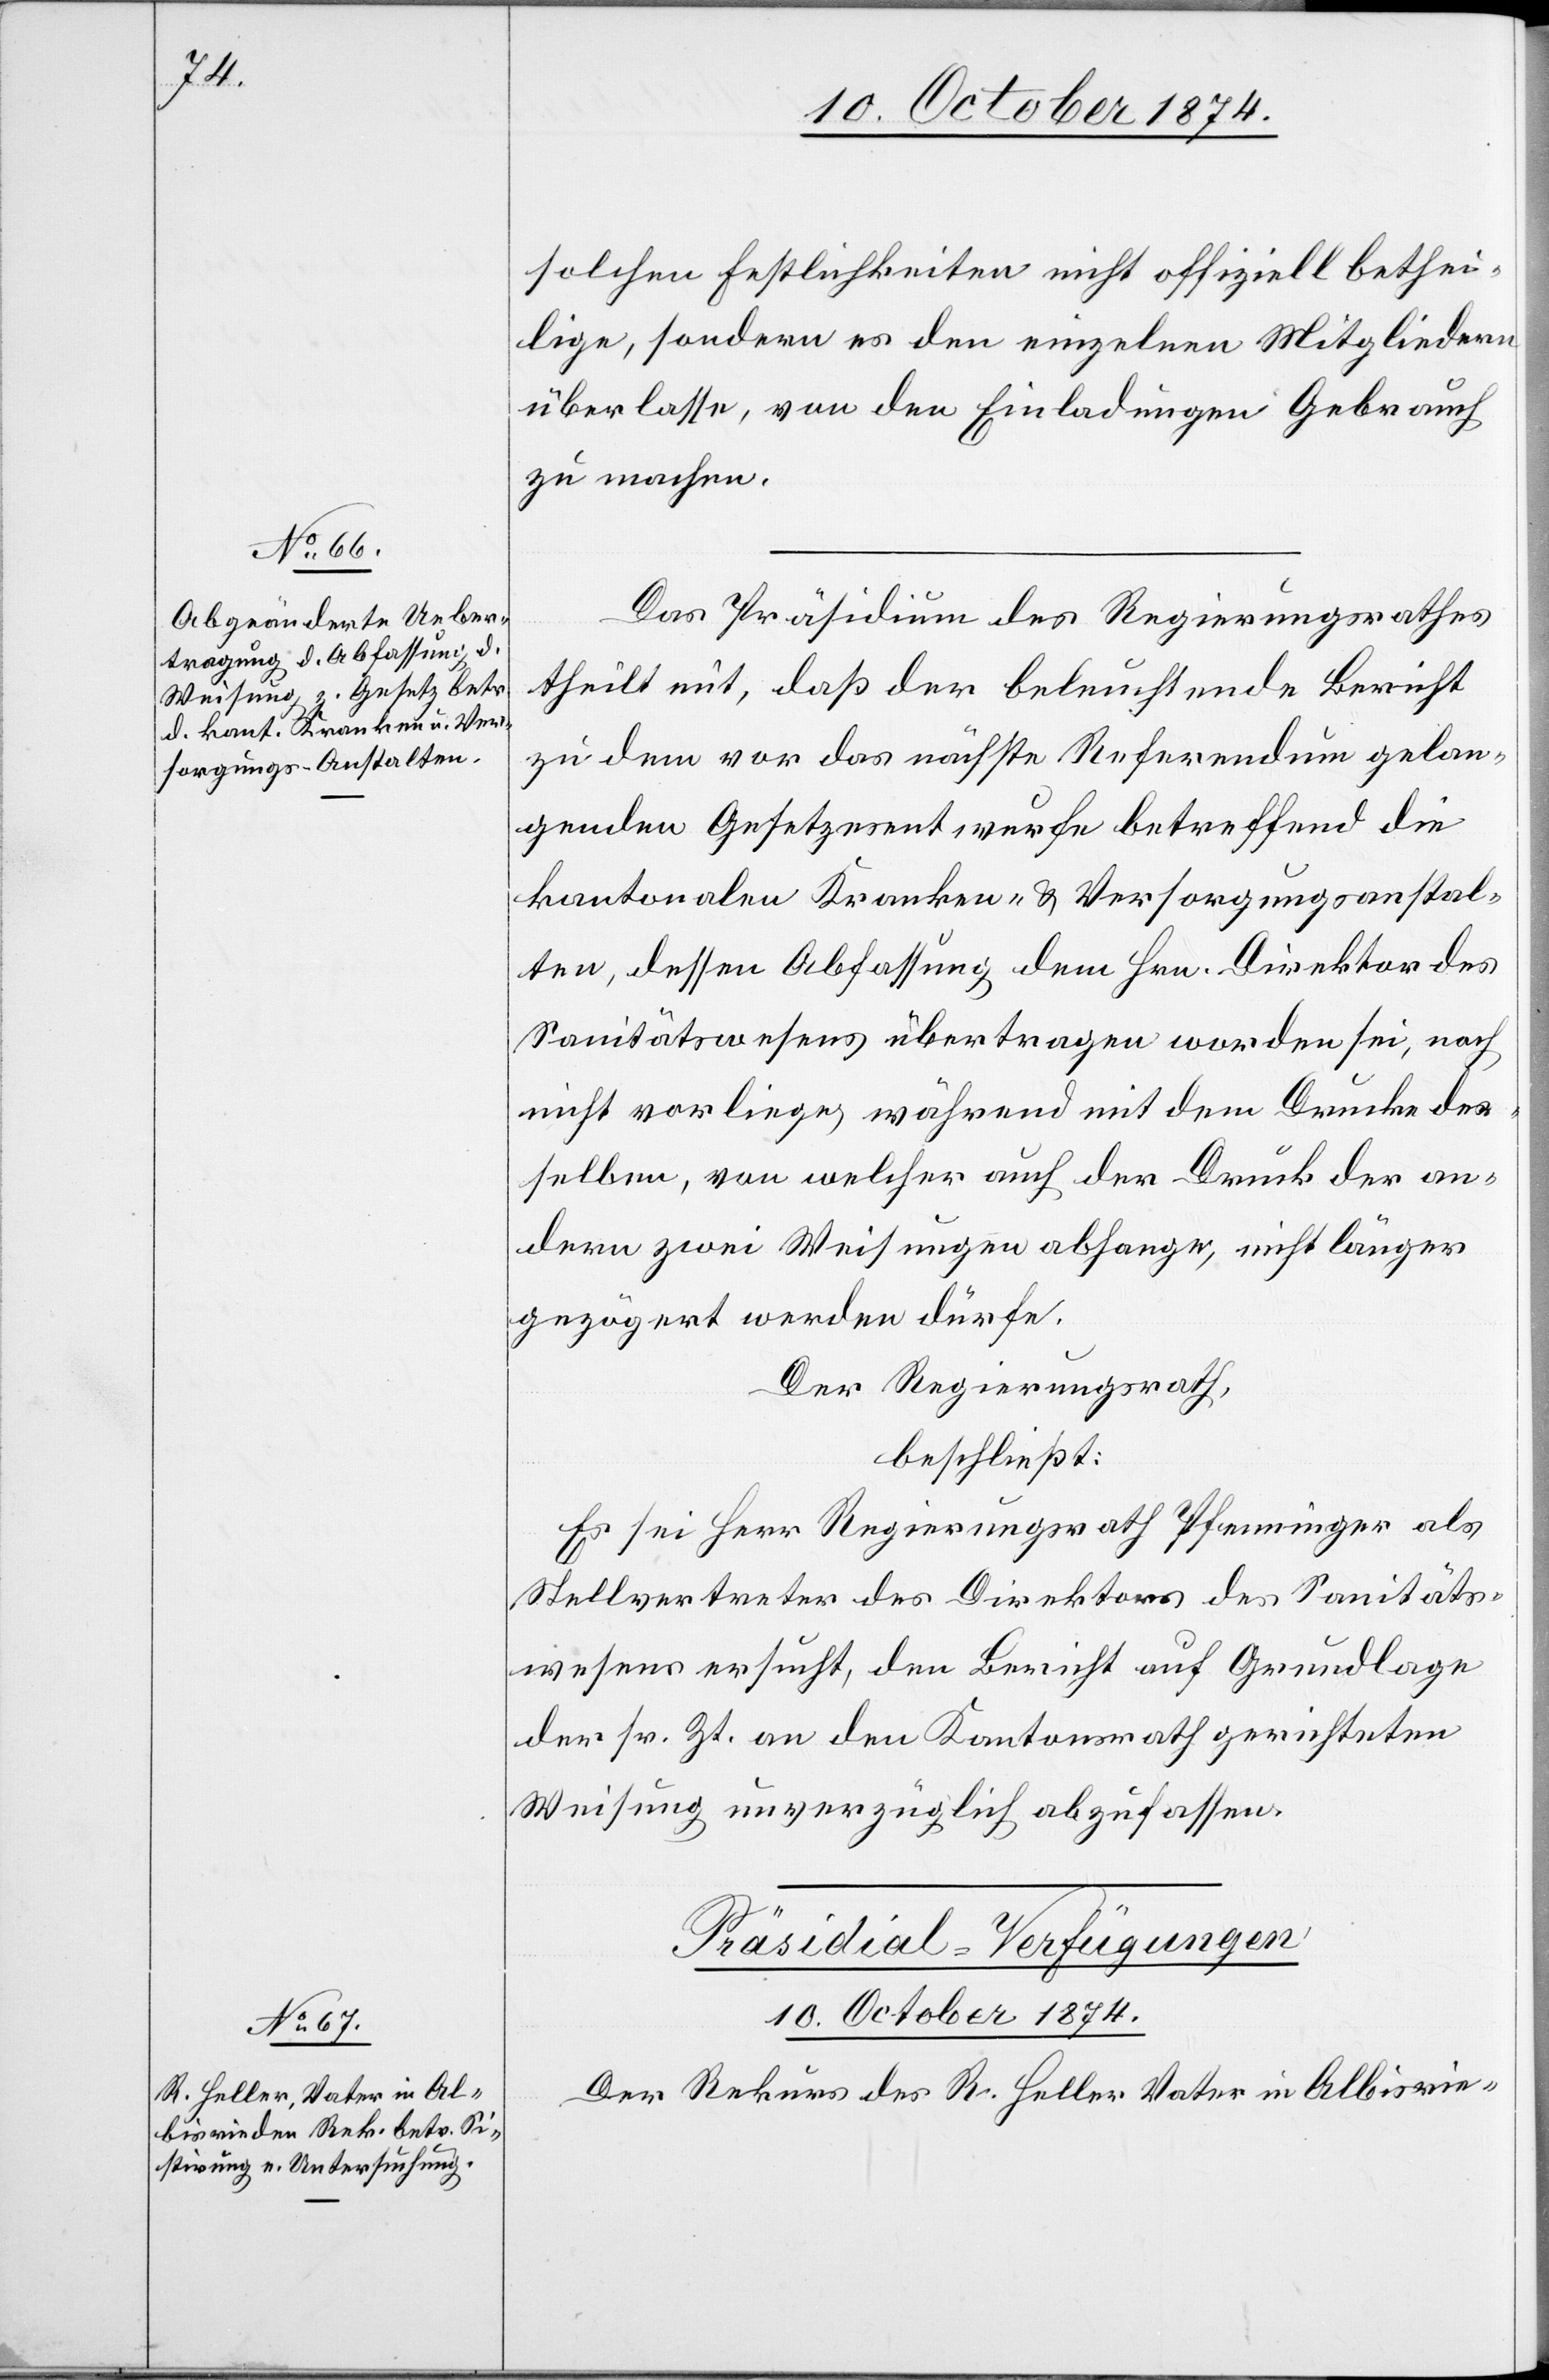
solchen Festlichkeiten nicht offiziell bethei¬
lige, sondern es den einzelnen Mitgliedern
überlasse, von den Einladungen Gebrauch
zu machen.
Das Präsidium des Regierungsrathes
theilt mit, daß der beleuchtende Bericht
zu dem vor das nächste Referendum gelan¬
genden Gesetzesentwurfe betreffend die
kantonalen Kranken- & Versorgungsanstal¬
ten, dessen Abfassung dem Hrn. Direktor des
Sanitätswesens übertragen worden sei, noch
nicht vorliege, während mit dem Drucke des¬
selben, von welcher auch der Druck der an¬
dern zwei Weisungen abhange, nicht länger
gezögert werden dürfe.
Der Regierungsrath,
beschließt:
Es sei Herr Regierungsrath Pfenninger als
Stellvertreter des Direktors des Sanitäts¬
wesens ersucht, den Bericht auf Grundlage
der sr. Zt. an den Kantonsrath gerichteten
Weisung unverzüglich abzufassen.
Präsidial-Verfügungen
10. October 1874.
Der Rekurs des R. Heller Vater in Albisrie-